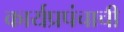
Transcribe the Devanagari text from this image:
कार्यप्रपंचाची